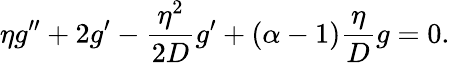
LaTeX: \eta g^{\prime\prime}+2g^{\prime}-\frac{\eta^{2}}{2D}g^{\prime}+(\alpha-1)\frac{\eta}{D}g=0.